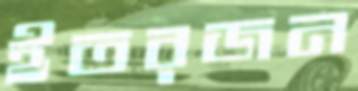
ইতরজন